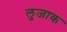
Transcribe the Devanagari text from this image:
लुजाक